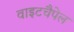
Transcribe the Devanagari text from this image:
वाइटचैपेल